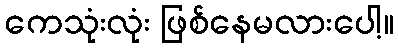
ကေသုံးလုံး ဖြစ်နေမလားပေါ့။